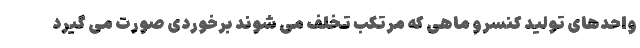
واحدهای تولید کنسرو ماهی که مرتکب تخلف می شوند برخوردی صورت می گیرد